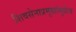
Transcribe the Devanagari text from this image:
शिवसेनाप्रमुखांमुळेच